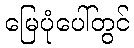
မြေပုံပေါ်တွင်